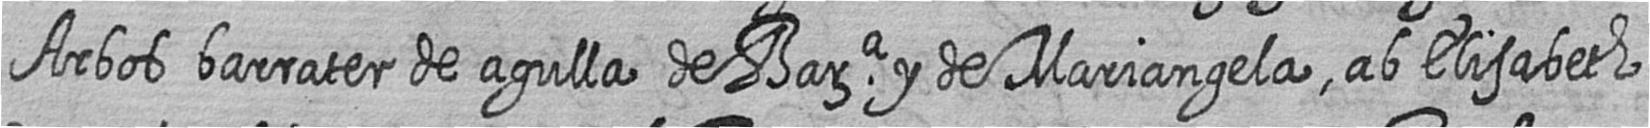
Arbos barrater de agulla de Bara y de Mariangela ab Elisabeth